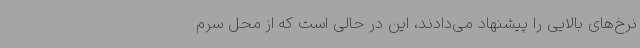
نرخ‌های بالایی را پیشنهاد می‌دادند، این در حالی است که از محل سرم